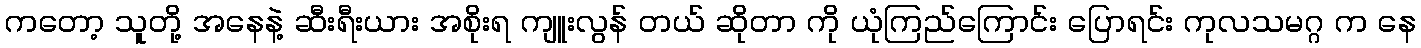
ကတော့ သူတို့ အနေနဲ့ ဆီးရီးယား အစိုးရ ကျူးလွန် တယ် ဆိုတာ ကို ယုံကြည်ကြောင်း ပြောရင်း ကုလသမဂ္ဂ က နေ